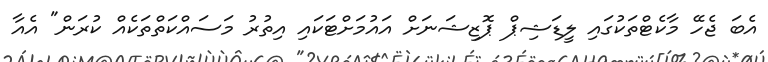
އެބަ ޖެހޭ މާކެޓްތަކުގައި ލީޑަޝިޕް ޕޮޒިޝަނަށް އައުމަށްޓަކައި އިތުރު މަސައްކަތްތަކެއް ކުރަން" އެއާ